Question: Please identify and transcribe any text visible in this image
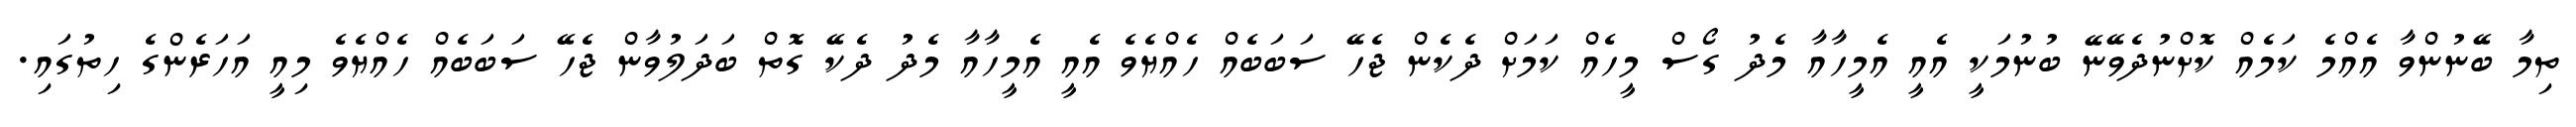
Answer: ތިމާ ބޭނުންވާ އެއްމެ ކަމެއް ކޮށްނުދެވޭނޭ ބުނުމަކީ އެއީ އެމީހާއާ މެދު ގޯސް މީހެއް ކަމަށް ދެކެން ޖެހޭ ސަބަބެއް ހެއްޔެވެ އެއީ އެމީހާއާ މެދު ދެކޭ ގޮތް ބަދަލުވާން ޖެހޭ ސަބަބެއް ހެއްޔެވެ މިއީ އަހަރެންގެ ހިތުގައި.